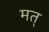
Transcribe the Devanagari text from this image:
मत्